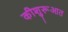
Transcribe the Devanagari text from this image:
कीशुरूआत